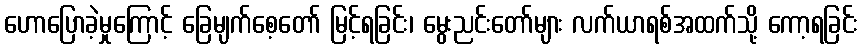
ဟောပြောခဲ့မှုကြောင့် ခြေမျက်စေ့တော် မြင့်ရခြင်း၊ မွေးညင်းတော်များ လက်ယာရစ်အထက်သို့ ကော့ရခြင်း